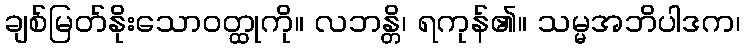
ချစ်မြတ်နိုးသောဝတ္ထုကို။ လဘန္တိ၊ ရကုန်၏။ သမ္မအဘိပါဒက၊